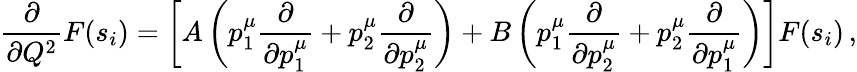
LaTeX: \frac{\partial}{\partial Q^{2}}F(s_{i})=\left[A\left(p_{1}^{\mu}\frac{\partial}{\partial p_{1}^{\mu}}+p_{2}^{\mu}\frac{\partial}{\partial p_{2}^{\mu}}\right)+B\left(p_{1}^{\mu}\frac{\partial}{\partial p_{2}^{\mu}}+p_{2}^{\mu}\frac{\partial}{\partial p_{1}^{\mu}}\right)\right]F(s_{i})\, ,